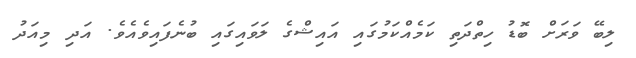
ލިބޭ ވަރަށް ބޮޑު ހިތްދަތި ކަމެއްކަމުގައި އައިޝްގެ ލަވައިގައި ބުނެފައިވެއެވެ. އަދި މިއަދު